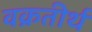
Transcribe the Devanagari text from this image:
वक्रतीर्थ